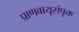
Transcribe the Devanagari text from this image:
प्राणवायूसंपृक्त